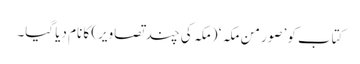
کتاب کو ’صور من مکہ ‘ (مکہ کی چند تصاویر) کا نام دیا گیا۔